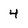
Character: 4